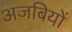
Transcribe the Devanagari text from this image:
अजबियों